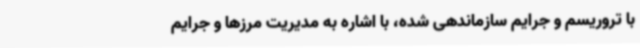
با تروریسم و جرایم سازماندهی شده، با اشاره به مدیریت مرزها و جرایم